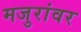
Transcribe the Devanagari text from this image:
मजुरांवर